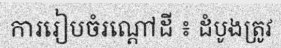
ការរៀបចំរណ្តៅដី ៖ ដំបូងត្រូវ